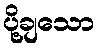
ပို့ချသော